Annual statistical returns and brief notes on vaccination in Bengal - 1909-1929
Year: 1909
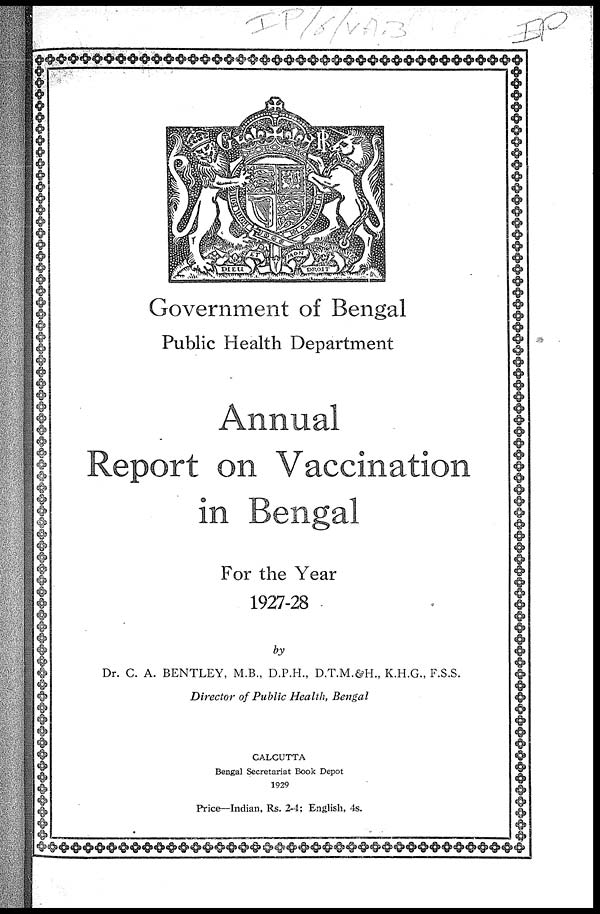
Government of Bengal
Public Health Department
Annual
Report on Vaccination
in Bengal
For the Year
1927-28
by
Dr. C. A. BENTLEY, M.B., D.P.H., D.T.M.&H., K.H.G., F.S.S.
Director of Public Health, Bengal
CALCUTTA
Bengal Secretariat Book Depot
1929
Price—Indian, Rs. 2-4; English, 4s.